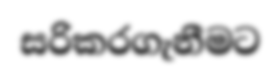
සරිකරගැනීමට